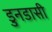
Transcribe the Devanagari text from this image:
डुनडासी